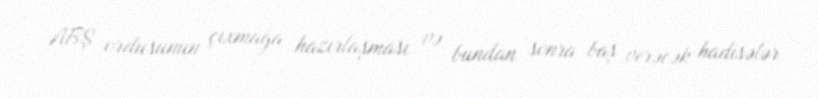
ABŞ ordusunun çıxmağa hazırlaşması və bundan sonra baş verəcək hadisələr